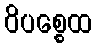
ဝိပစ္စေထ